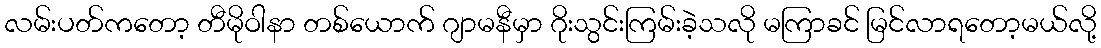
လမ်းပတ်ကတော့ တီမိုဝါနာ တစ်ယောက် ဂျာမနီမှာ ဂိုးသွင်းကြမ်းခဲ့သလို မကြာခင် မြင်လာရတော့မယ်လို့